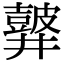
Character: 𪔏